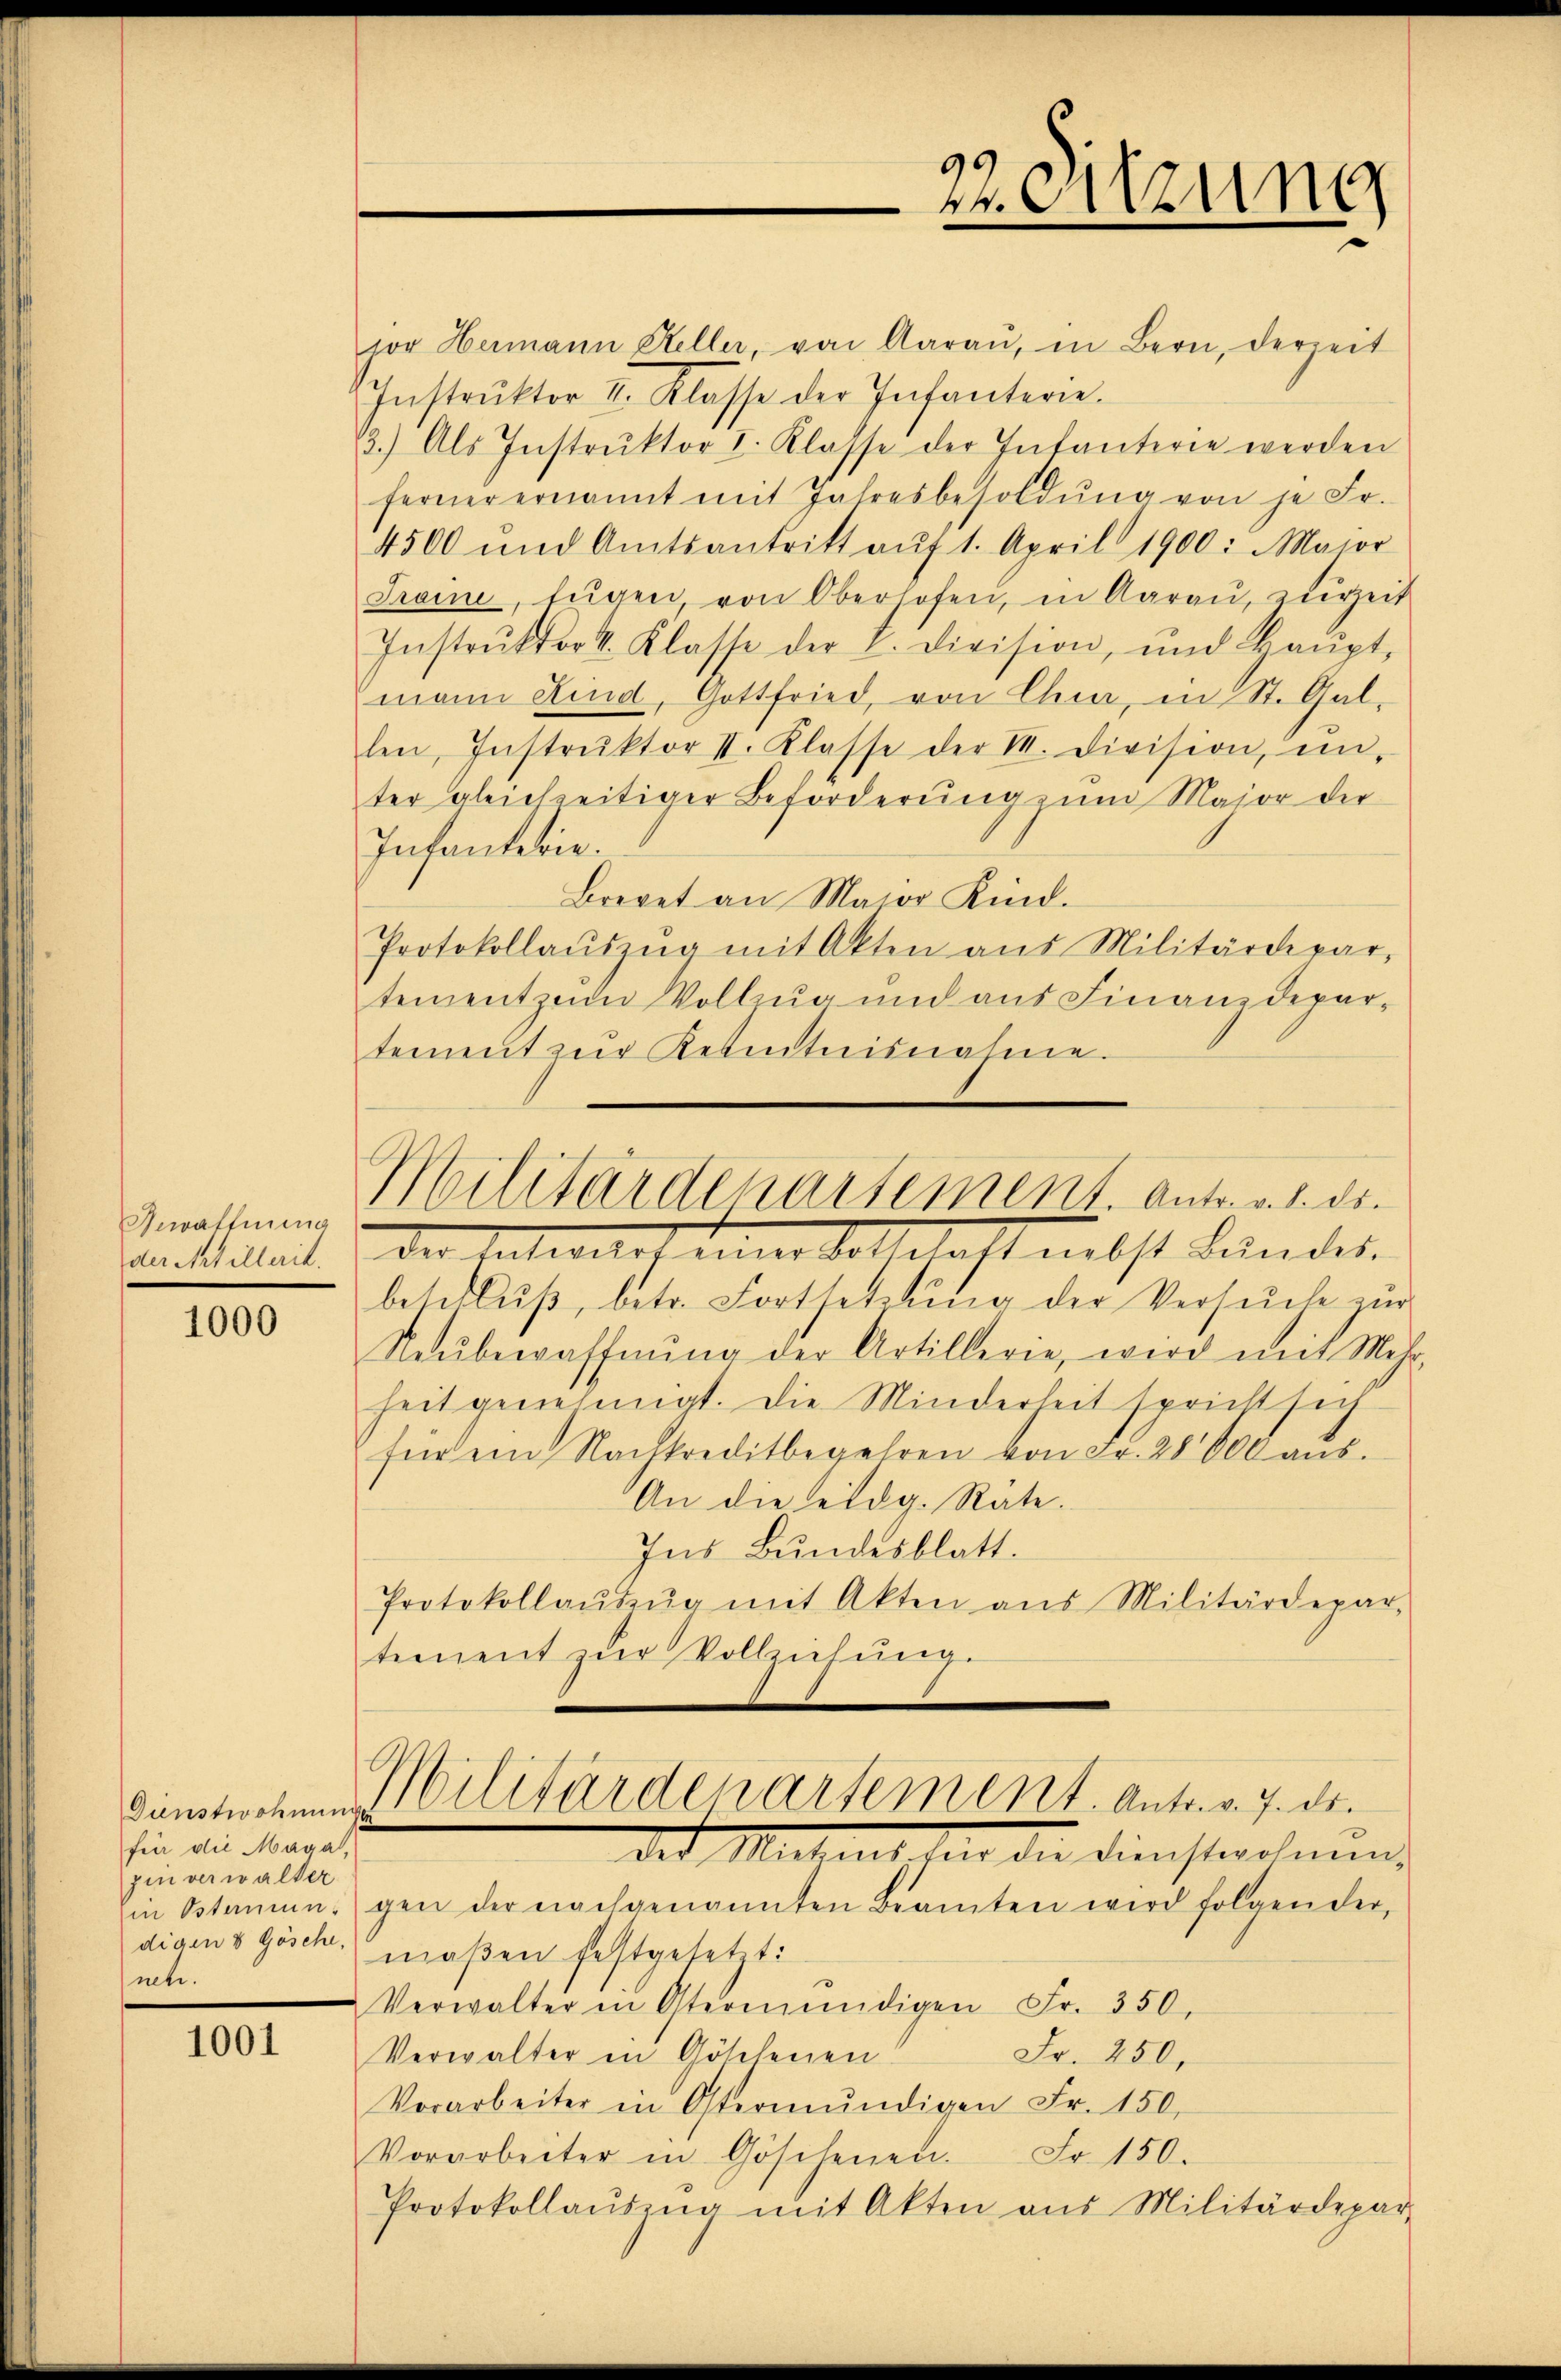
Bewaffnung
der Artillerit.

1000

für die Maga,
zin verwalter
in Osternun-
digen v Gösche,
net.

1001

jor Hermann Steller, von Aarau, in Bern, derzeit
Instrŭktor I. Klasse der Infanterie.
3.) Als Instrŭktor I. Klasse der Infanterie werden
ferner ernannt mit Jahresbesoldŭng von je Fr.
4500 und Amtsantritt aŭf 1. April 1900. Maior
Traine, Eugen, von Oberhofen, in Aarau, zurzeit
Instrŭktor 4. Klasse der V. Division, und Haŭpt-
mann Kind, Gottfried, von Chur, in St. Gal-
len, Instrŭktor II. Klasse der M. Division, ŭn-
ter gleichzeitiger Beforderung zum Maior der
Infanterie.
Brevet an Major Kind.
Protokollaŭszŭg mit Akten aus Militärdepar-
tement zum Vollzug und aus Finanzdepartement zŭr Kenntnisnahme.
Militärdepartement. Antr. v. 8. ds.
der Antwort einer Sollhalt nebst Bundes-
betitlŭβ, betr. Fortsetzŭng der Versuche zur
Neŭbewaffnŭng der Artillerie, wird mit Mehr-
heit genehmigt. Die Minderheit spricht sich
für ein Nachkreditbegehren von Fr. 28000 aŭs.
An die eidg. Räte.
Ins Bundesblatt.
Protokollaŭszŭg mit Akten ans Militärdepar-
tement zŭr Vollziehung.

22. Sitzung

Dinstwohnen Militärdepartement. Antr. v. 7. ds.
der Mitel den die Dienstrahmung

gen der nachgenannten Beamten wird folgender,
maßen festgesetzt:
Verwalter in Ostermündigen Fr. 350.
Fr. 250,
Verwalter in Göschenen
Vorarbeiter in Ostermŭndigen Fr. 150.
Vorarbeiter in Gösilenen. Fr. 150.
Protokollaŭseng mit Akten aus Militärdepar-